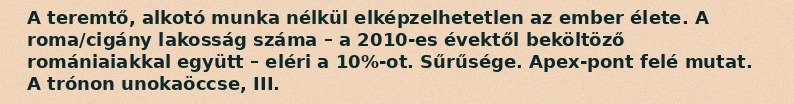
A teremtő, alkotó munka nélkül elképzelhetetlen az ember élete. A roma/cigány lakosság száma – a 2010-es évektől beköltöző romániaiakkal együtt – eléri a 10%-ot. Sűrűsége. Apex-pont felé mutat. A trónon unokaöccse, III.